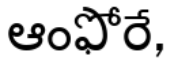
ఆంఫోరే,